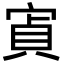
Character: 寊